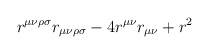
\begin{align*}r^{\mu\nu\rho\sigma}r_{\mu\nu\rho\sigma} - 4r^{\mu\nu}r_{\mu\nu} + r^2\end{align*}